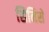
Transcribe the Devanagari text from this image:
सिनिसे